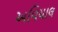
અવિયાલ